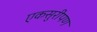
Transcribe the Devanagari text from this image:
एकसुरीपण